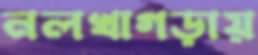
নলখাগড়ায়